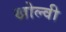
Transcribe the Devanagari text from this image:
खोल्वी